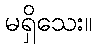
မရှိသေး။